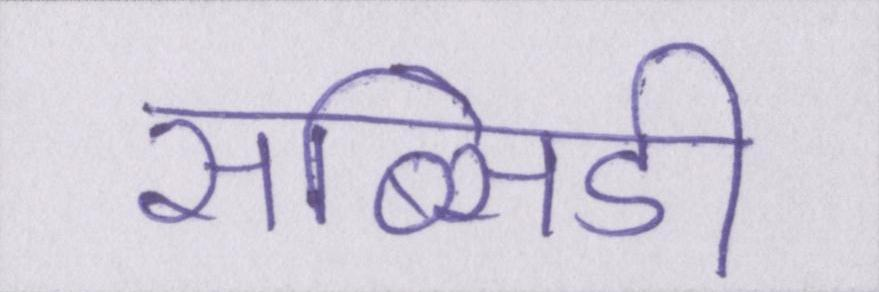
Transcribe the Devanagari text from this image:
सब्सिडी